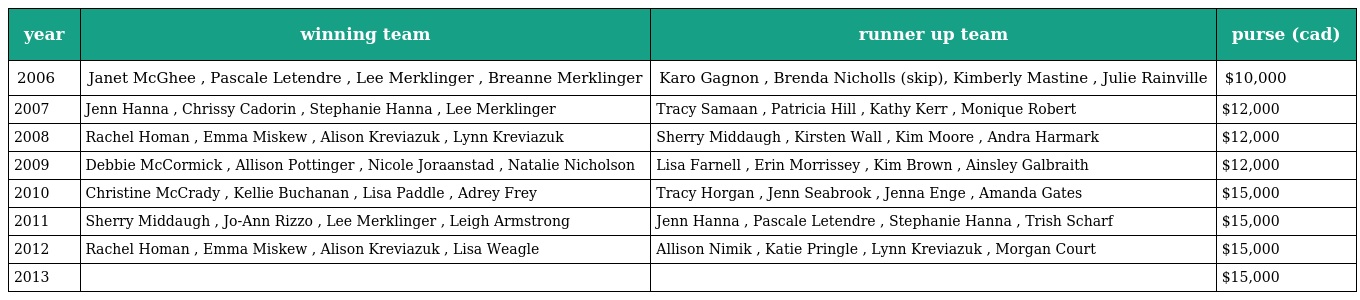
| year | winning team | runner up team | purse (cad) |
 | --- | --- | --- | --- |
 | 2006 | Janet McGhee , Pascale Letendre , Lee Merklinger , Breanne Merklinger | Karo Gagnon , Brenda Nicholls (skip), Kimberly Mastine , Julie Rainville | $10,000 |
 | 2007 | Jenn Hanna , Chrissy Cadorin , Stephanie Hanna , Lee Merklinger | Tracy Samaan , Patricia Hill , Kathy Kerr , Monique Robert | $12,000 |
 | 2008 | Rachel Homan , Emma Miskew , Alison Kreviazuk , Lynn Kreviazuk | Sherry Middaugh , Kirsten Wall , Kim Moore , Andra Harmark | $12,000 |
 | 2009 | Debbie McCormick , Allison Pottinger , Nicole Joraanstad , Natalie Nicholson | Lisa Farnell , Erin Morrissey , Kim Brown , Ainsley Galbraith | $12,000 |
 | 2010 | Christine McCrady , Kellie Buchanan , Lisa Paddle , Adrey Frey | Tracy Horgan , Jenn Seabrook , Jenna Enge , Amanda Gates | $15,000 |
 | 2011 | Sherry Middaugh , Jo-Ann Rizzo , Lee Merklinger , Leigh Armstrong | Jenn Hanna , Pascale Letendre , Stephanie Hanna , Trish Scharf | $15,000 |
 | 2012 | Rachel Homan , Emma Miskew , Alison Kreviazuk , Lisa Weagle | Allison Nimik , Katie Pringle , Lynn Kreviazuk , Morgan Court | $15,000 |
 | 2013 |  |  | $15,000 |